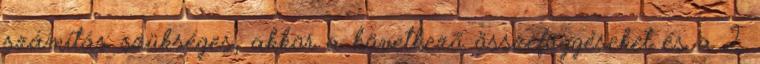
számítás szükséges, akkor a következõ összefüggéseket és a 2.